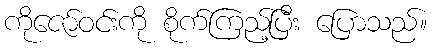
ကိုဇော်ဝင်းကို စိုက်ကြည့်ပြီး ပြောသည်။